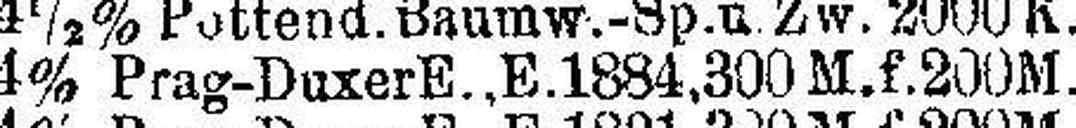
4% Prag-Duxer E., E. 1884, 300 M.f. 200 M.